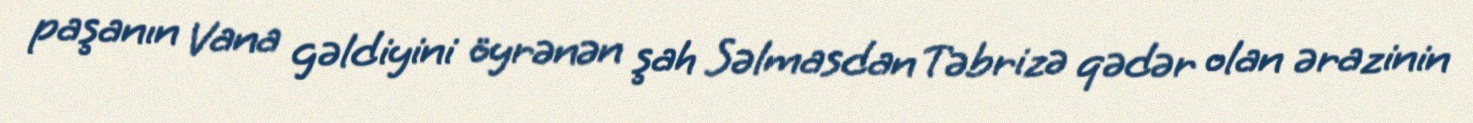
paşanın Vana gəldiyini öyrənən şah Səlmasdan Təbrizə qədər olan ərazinin